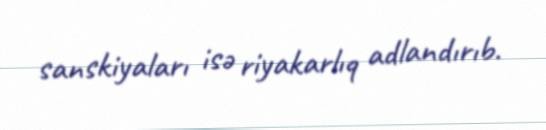
sanskiyaları isə riyakarlıq adlandırıb.